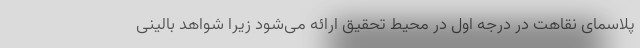
پلاسمای نقاهت در درجه اول در محیط تحقیق ارائه می‌شود زیرا شواهد بالینی